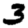
Digit: 3